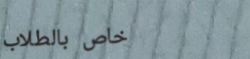
خاص بالطلاب